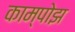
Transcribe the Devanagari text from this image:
काम्पोझ